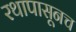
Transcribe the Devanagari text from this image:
रथापासूनच